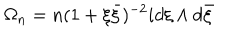
\Omega _ { n } = n ( 1 + \xi \bar { \xi } ) ^ { - 2 } i d \xi \wedge d \bar { \xi }